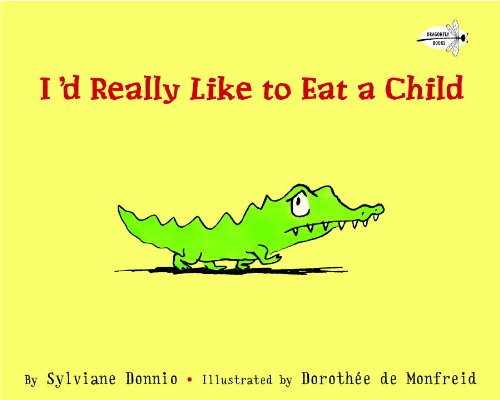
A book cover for I'd Really Like to Eat a Child; Sylviane Donnio; Children's Books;